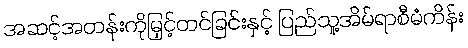
အဆင့်အတန်းကိုမြှင့်တင်ခြင်းနှင့် ပြည်သူ့အိမ်ရာစီမံကိန်း